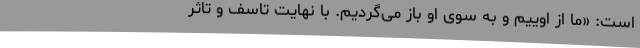
است: «ما از اوییم و به سوی او باز می‌گردیم. با نهایت تاسف و تاثر